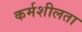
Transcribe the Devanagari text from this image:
कर्मशीलता